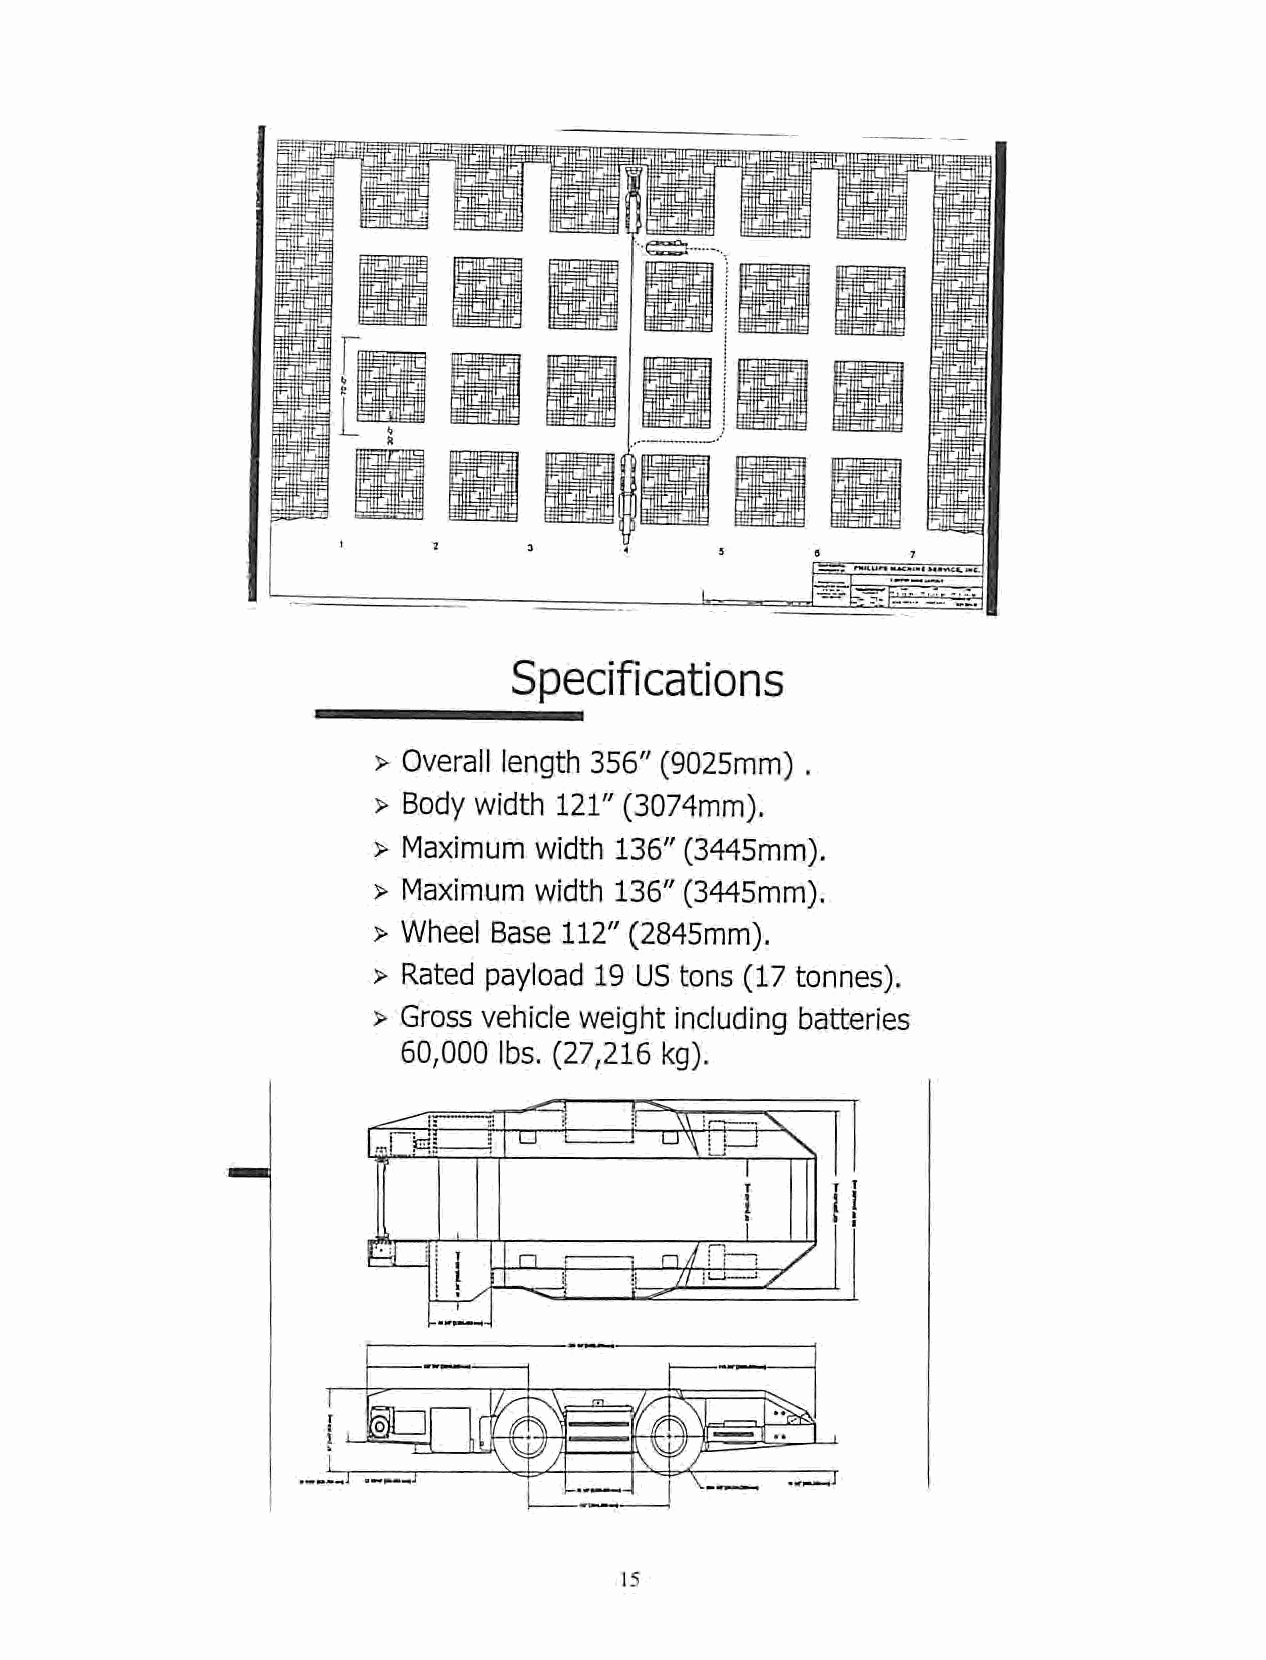
Specifications
 > Overall length 356" (9025mm) .
 > Body width 121"(3074mm).
 > Maximum width 136" (3445mm).
 > Maximum width 136" (3445mm).
 > Wheel Base 112" (2845mm).
 > Rated payload 19 US tons (17 tonnes).
 > Gross vehicle weight including batteries
 60,000 lbs. (27,216 kg).
 ^=^~
 TT        U\
 if*
 II
 a
 n        XL
 ZDE
 /
 15